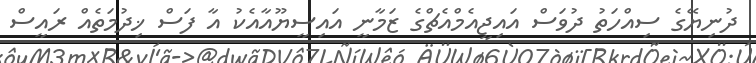
ދުނިޔޭގެ ސިއްހަތު ދުވަސް އައިޖީއެމްއެޗްގެ ޒަމާނީ އައިސީޔޫއާއެކު އާ ފަސް ޚިދުމަތެއް ރައީސް